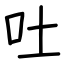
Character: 吐